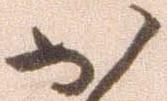
か